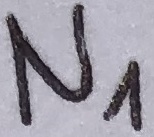
Text: N1